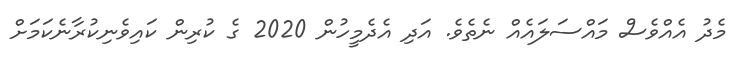
މެދު އެއްވެސް މައްސަލައެއް ނެތެވެ. އަދި އެދެމީހުން 2020 ގެ ކުރިން ކައިވެނިކުރާނެކަމަށް